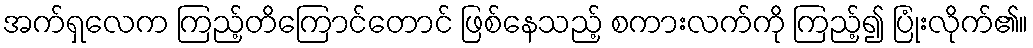
အက်ရှလေက ကြည့်တိကြောင်တောင် ဖြစ်နေသည့် စကားလက်ကို ကြည့်၍ ပြုံးလိုက်၏။